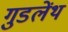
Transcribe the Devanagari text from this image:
गुडलेंथ